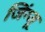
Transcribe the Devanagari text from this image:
जिंग्जू